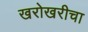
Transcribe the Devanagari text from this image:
खरोखरीचा